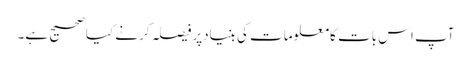
آپ اس بات کامعلومات کی بنیادپرفیصلہ کرنے کیاصحیح ہے۔